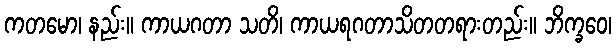
ကတမော၊ နည်း။ ကာယဂတာ သတိ၊ ကာယရဂတာသိတတရားတည်း။ ဘိက္ခဝေ၊